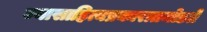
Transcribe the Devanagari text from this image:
ज्यासाहित्यप्रकारातमोडते